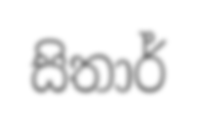
සිතාර්